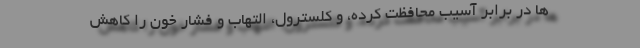
ها در برابر آسیب محافظت کرده، و کلسترول، التهاب و فشار خون را کاهش